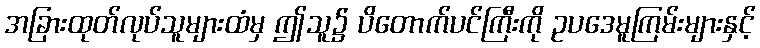
အခြားထုတ်လုပ်သူများထံမှ ဤသူ၌ ပိတောက်ပင်ကြီးကို ဥပဒေမူကြမ်းများနှင့်